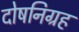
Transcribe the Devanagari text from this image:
दोषनिग्रह